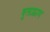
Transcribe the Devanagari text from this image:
वुलफ्राम